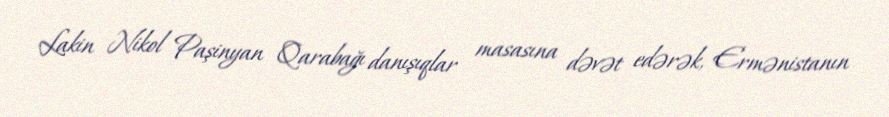
Lakin Nikol Paşinyan Qarabağı danışıqlar masasına dəvət edərək, Ermənistanın